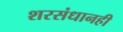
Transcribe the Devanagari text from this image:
शरसंधानही